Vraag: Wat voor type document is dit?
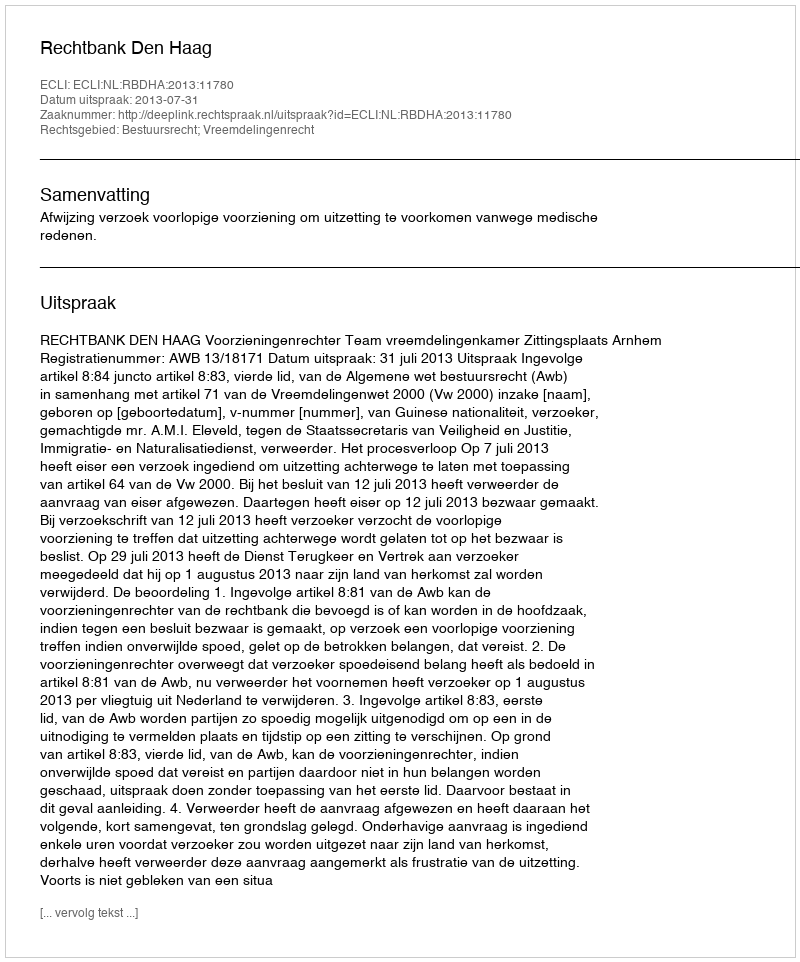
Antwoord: Uitspraak